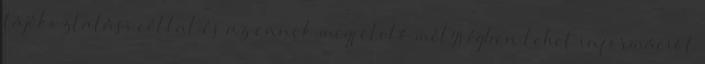
tájékoztatási céllal és az ennek megfelelő mélységben lehet információt